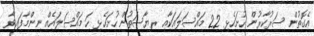
އެގޮތުން ސަރުކާރުން ހުށަހެޅި 22 މައްސަލައަކާއި ރިޔާސަތުން ހުށަހެޅި ހަ މައްސަލައެއް ނިންމާފައިވާ